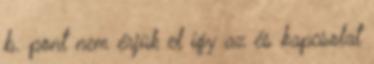
b. pont nem érjük el így az és kapcsolat